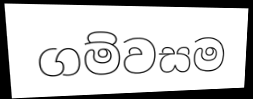
ගම්වසම